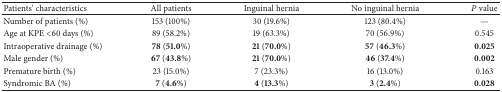
<table><thead><tr><td><b>Patients&#x27; characteristics</b></td><td><b>All patients</b></td><td><b>Inguinal hernia</b></td><td><b>No inguinal hernia</b></td><td><b><i>P</i> value</b></td></tr></thead><tbody><tr><td>Number of patients (%)</td><td>153 (100%)</td><td>30 (19.6%)</td><td>123 (80.4%)</td><td>—</td></tr><tr><td>Age at KPE &lt;60 days (%)</td><td>89 (58.2%)</td><td>19 (63.3%)</td><td>70 (56.9%)</td><td>0.545</td></tr><tr><td>Intraoperative drainage (%)</td><td><b>78</b> (<b>51.0</b>%)</td><td><b>21</b> (<b>70.0</b>%)</td><td><b>57</b> (<b>46.3</b>%)</td><td><b>0.025</b></td></tr><tr><td>Male gender (%)</td><td><b>67 </b>(<b>43.8</b>%)</td><td><b>21</b> (<b>70.0</b>%)</td><td><b>46</b> (<b>37.4</b>%)</td><td><b>0.002</b></td></tr><tr><td>Premature birth (%)</td><td>23 (15.0%)</td><td>7 (23.3%)</td><td>16 (13.0%)</td><td>0.163</td></tr><tr><td>Syndromic BA (%)</td><td><b>7</b> (<b>4.6</b>%)</td><td><b>4</b> (<b>13.3</b>%)</td><td><b>3</b> (<b>2.4%</b>)</td><td><b>0.028</b></td></tr></tbody></table>